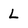
Character: L